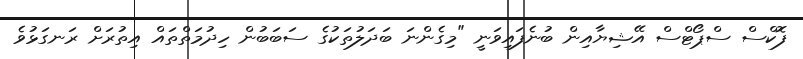
ފޮކްސް ސްޕޯޓްސް އޭޝިޔާއިން ބުނެފައިވަނީ "މިގެންނަ ބަދަލުތަކުގެ ސަބަބުން ހިދުމަތްތައް އިތުރަށް ރަނގަޅުވެ